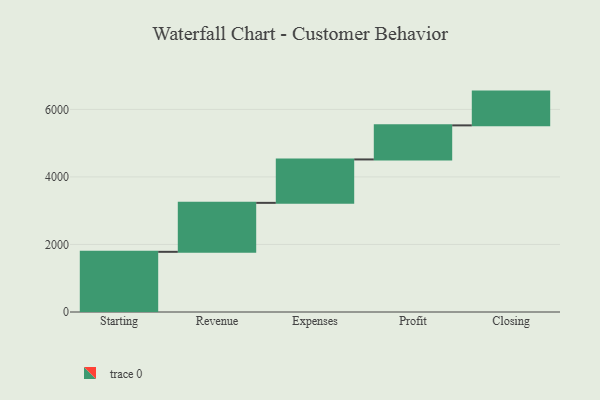
{"axis": {"x": "Step", "y": "Value"}, "legend": [""], "data": [{"x": "Starting", "y": 1782.0, "type": ""}, {"x": "Revenue", "y": 1450.0, "type": ""}, {"x": "Expenses", "y": 1286.0, "type": ""}, {"x": "Profit", "y": 1009.0, "type": ""}, {"x": "Closing", "y": 1000, "type": ""}]}